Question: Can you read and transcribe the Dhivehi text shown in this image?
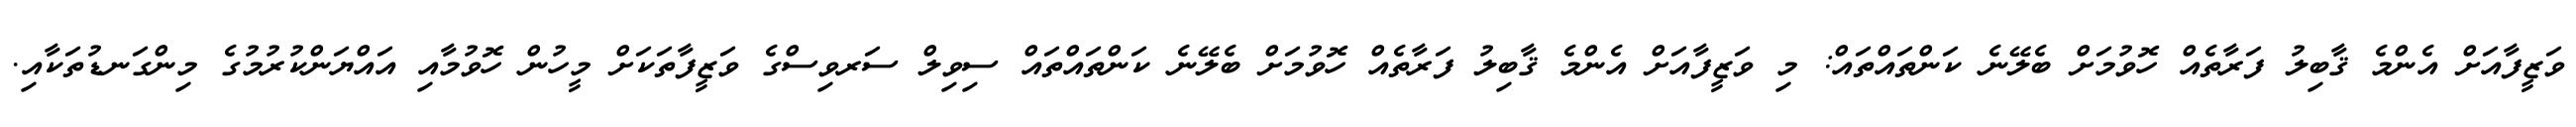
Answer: ވަޒީފާއަށް އެންމެ ޤާބިލު ފަރާތެއް ހޮވުމަށް ބެލޭނެ ކަންތައްތައް: މި ވަޒީފާއަށް އެންމެ ޤާބިލު ފަރާތެއް ހޮވުމަށް ބެލޭނެ ކަންތައްތައް ސިވިލް ސަރވިސްގެ ވަޒީފާތަކަށް މީހުން ހޮވުމާއި އައްޔަންކުރުމުގެ މިންގަނޑުތަކާއި.